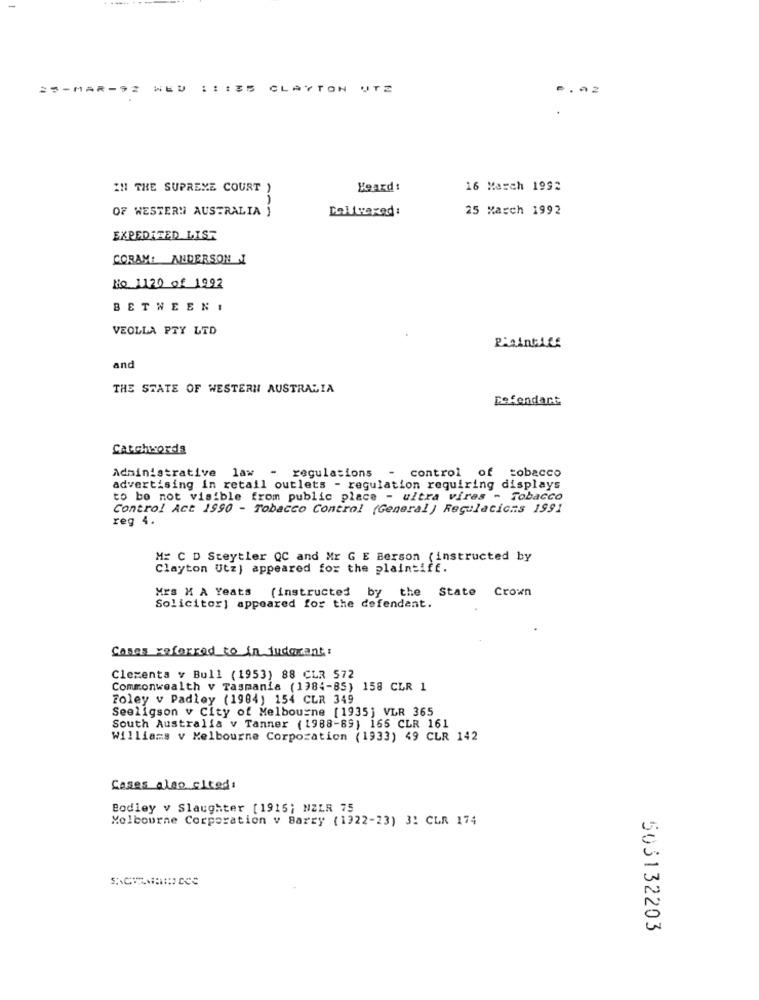
25-MAR-92
CLAYTON UTZ
IN THE SUPREME COURT )
Heard !
16 March 1992
OF WESTERN AUSTRALIA )
Delvexed:
25 March 1992
EXPEDITED LIST
CORAM: ANDERSON J
No 1120 of 1992
BETWEENI
VEOLLA PTY LTD
and
THE STATE OF WESTERN AUSTRALIA
Defendant
Catchwords
Administrative law - regulations - control of tobacco
advertising in retail outlets - regulation requiring displays
to be not visible from public place - ultra vires - Tobacco
Control Act 1990 - Tobacco Control (General) Regulacicms 1991
reg 4.
M= C D Steytler QC and Mr G E Berson ( instructed by
Clayton Utz} appeared for the plaintiff.
Mrs M A Yeats (instructed by the
State Crown
Solicitor] appeared for the defendant.
Cases referred to in judorant:
Clementa v Bull (1953) 88 CLR 572
Commonwealth v Tasmania (1984-85) 158 CLR 1
Foley v Padley (1984) 154 CLR 349
Seeligson v City of Melbourne [1935] VLR 365
South Australia v Tanner (1988-89) 165 CLR 161
Williams v Melbourne Corporation (1933) 49 CLR 142
Cases also cited:
Bodley v Slaughter [1915; NZLR 75
Melbourne Corporation v Barry (1922-23) 31 CLR 174
503132203